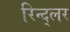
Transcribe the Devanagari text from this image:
रिन्द्लर